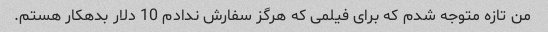
من تازه متوجه شدم که برای فیلمی که هرگز سفارش ندادم 10 دلار بدهکار هستم.